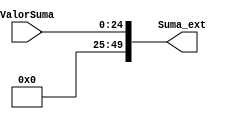
`timescale 1ns / 1ps
//////////////////////////////////////////////////////////////////////////////////
// Company: 
// 
// Design Name: 
// Module Name:    Concatenador 
// Project Name: 
// Target Devices: 
// Tool versions: 
// Description: 
//
// Dependencies: 
//
// Revision: 
// Revision 0.01 - File Created
// Additional Comments: 
//
//////////////////////////////////////////////////////////////////////////////////
module Concatenador#(parameter N = 25 /* Valor de N*/)(
 input wire [N-1:0] ValorSuma,
 output wire [2*N-1:0] Suma_ext
 );
 
/*parameter //Parte de magnitud salida
 MA = 5,
 MB = 10,
 FA = 14,
 FB = 19;
 
wire [2*N-1:0] Extension;

assign Extension[2*N-1:MB+FA+FB] = $signed(ValorSuma[N-1]);
assign Extension[(MB+FA+FB)-1:FA+FB] = ValorSuma[N-2:FA];
assign Extension[(FA+FB)-1:FB] = ValorSuma[FA-1:0];
assign Extension[FB-1:0] = 0;*/

assign Suma_ext = {25'b0,ValorSuma};
 
endmodule